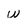
Character: w